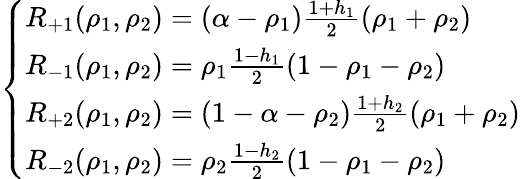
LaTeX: \left\{ \begin{array}{ll}{R_{+1}(\rho_{1},\rho_{2})=(\alpha-\rho_{1})\frac{1+h_{1}}{2}(\rho_{1}+\rho_{2})}\\ {R_{-1}(\rho_{1},\rho_{2})=\rho_{1}\frac{1-h_{1}}{2}(1-\rho_{1}-\rho_{2})}\\ {R_{+2}(\rho_{1},\rho_{2})=(1-\alpha-\rho_{2})\frac{1+h_{2}}{2}(\rho_{1}+\rho_{2})}\\ {R_{-2}(\rho_{1},\rho_{2})=\rho_{2}\frac{1-h_{2}}{2}(1-\rho_{1}-\rho_{2})}\end{array}\right.